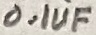
Text: 0.1UF